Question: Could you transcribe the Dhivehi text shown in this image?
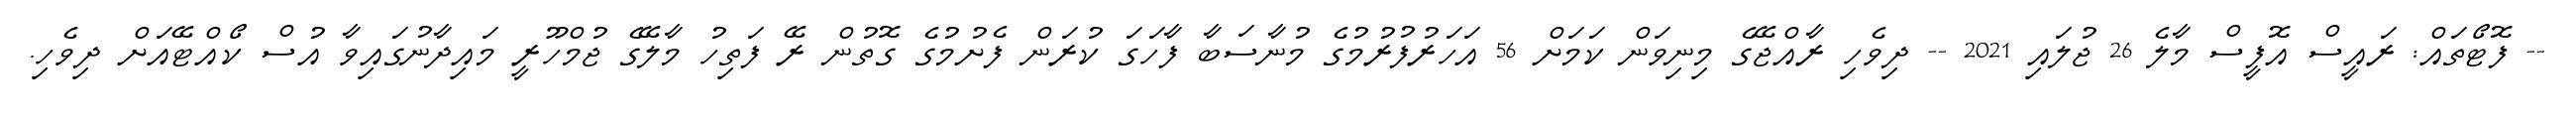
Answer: -- ފޮޓޯތައް: ރައީސް އޮފީސް މާލެ 26 ޖުލައި 2021 -- ދިވެހި ރާއްޖޭގެ މިނިވަން ކަމަށް 56 އަހަރުފުރުމުގެ މުނާސަބާ ފާހަގަ ކުރަން ފެށުމުގެ ގޮތުން ރޭ ފަތިހު މާލޭގެ ޖުމްހޫރީ މައިދާނުގައިވާ އުސް ކޯއްޓޭއަށް ދިވެހި.